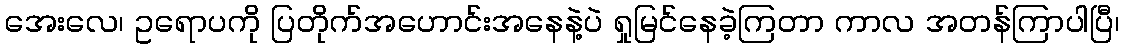
အေးလေ၊ ဥရောပကို ပြတိုက်အဟောင်းအနေနဲ့ပဲ ရှုမြင်နေခဲ့ကြတာ ကာလ အတန်ကြာပါပြီ၊